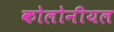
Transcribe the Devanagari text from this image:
कोलोनीयल